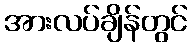
အားလပ်ချိန်တွင်